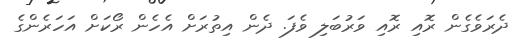
ދެރަވެގެން ރޮއި ރޮއި ވަރުބަލި ވެފަ. ދެން އިތުރަށް އެހެން ރޯކަށް އަހަރެންގެ